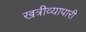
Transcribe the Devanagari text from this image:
खत्रीव्यापारी